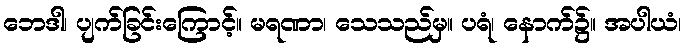
ဘေဒါ၊ ပျက်ခြင်းကြောင့်။ မရဏာ၊ သေသည်မှ။ ပရံ၊ နောက်၌။ အပါယံ၊